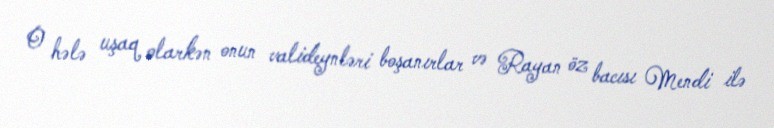
O hələ uşaq olarkən onun valideynləri boşanırlar və Rayan öz bacısı Mendi ilə